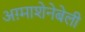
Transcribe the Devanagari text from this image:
अग़्माशेनेबेली